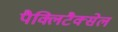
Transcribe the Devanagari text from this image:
पैक्लिटैक्सेल